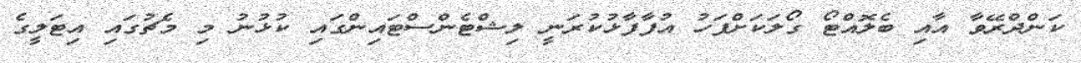
ކަންދްރޭވާ އާއި ބެލޮއްޓޯ ގޯލަކަށްފަހު އުފާފާޅުކުރަނީ ލިޝްޓެންސްޓައިންގައި ކުޅުނު މި މެޗުގައި އިޓަލީގެ